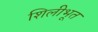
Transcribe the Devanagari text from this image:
शिलीभूत